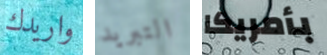
واريدك التبريد بأمريكا